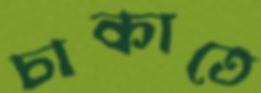
চাকাতে